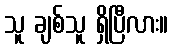
သူ ချစ်သူ ရှိပြီလား။